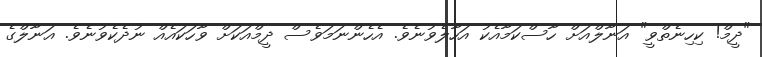
"ދީމް! ކިހިނެތްވީ" އަނާލްއަށް ހާސްކަމާއެކު އަހާލެވުނެވެ. އެހެންނަމަވެސް ދީމްއަކަށް ވާހަކައެއް ނުދެކެވުނެވެ. އަނާލްގެ